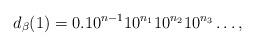
LaTeX: \begin{align*}d_{\beta}(1) = 0.1 0^{n-1} 1 0^{n_1} 1 0^{n_2} 1 0^{n_3} \ldots,\end{align*}